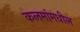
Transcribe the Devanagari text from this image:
कलमांमधील